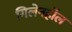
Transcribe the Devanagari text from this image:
गिलेनहाॅल